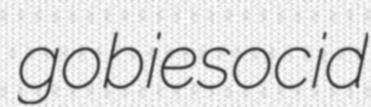
gobiesocid